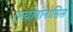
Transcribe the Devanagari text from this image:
एन्थ्रोपोनोसिस